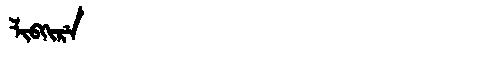
Manchu: ᠯᡳᠪᡴᡳᡵᡝ
Romanization: LIBKIRE